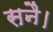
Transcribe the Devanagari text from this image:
सनै।